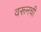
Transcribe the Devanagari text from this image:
वरूनची